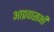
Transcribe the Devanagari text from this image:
आप्रवासभी